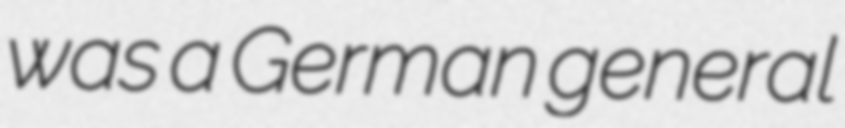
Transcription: was a German general